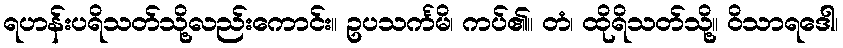
ရဟန်းပရိသတ်သို့လည်းကောင်း။ ဥပသင်္ကမိ၊ ကပ်၏။ တံ၊ ထိုရိသတ်သို့။ ဝိသာရဒေါ၊